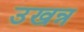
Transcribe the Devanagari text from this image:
उखन्न